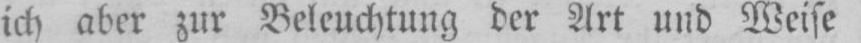
ich aber zur Beleuchtung der Art und Weise